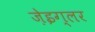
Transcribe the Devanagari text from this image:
ज़ेइग्लर